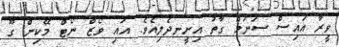
ވީރާ އައިސް ސަނަމް ގާތު އިށީނދެލިއެވެ. އައި ވޯޒް ނޯޓް މޭކިން ގޫ